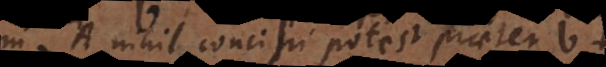
in A nihil concipi potest praeter b